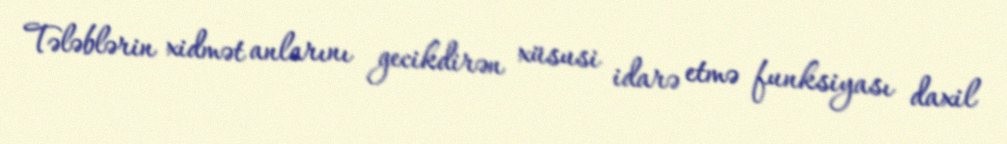
Tələblərin xidmət anlarını gecikdirən xüsusi idarə etmə funksiyası daxil